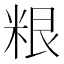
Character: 𮇜